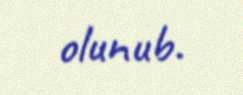
olunub.